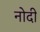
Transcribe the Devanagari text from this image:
नोदी